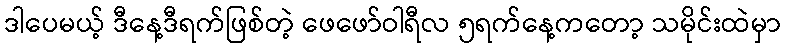
ဒါပေမယ့် ဒီနေ့ဒီရက်ဖြစ်တဲ့ ဖေဖော်ဝါရီလ ၅ရက်နေ့ကတော့ သမိုင်းထဲမှာ